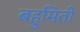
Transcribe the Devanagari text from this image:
बहुमिती